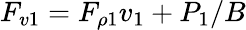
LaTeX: F_{v1}=F_{\rho 1}v_{1}+P_{1}/B